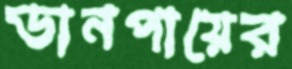
ডানপায়ের